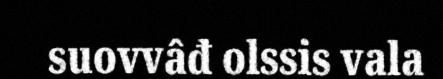
suovvâđ olssis vala